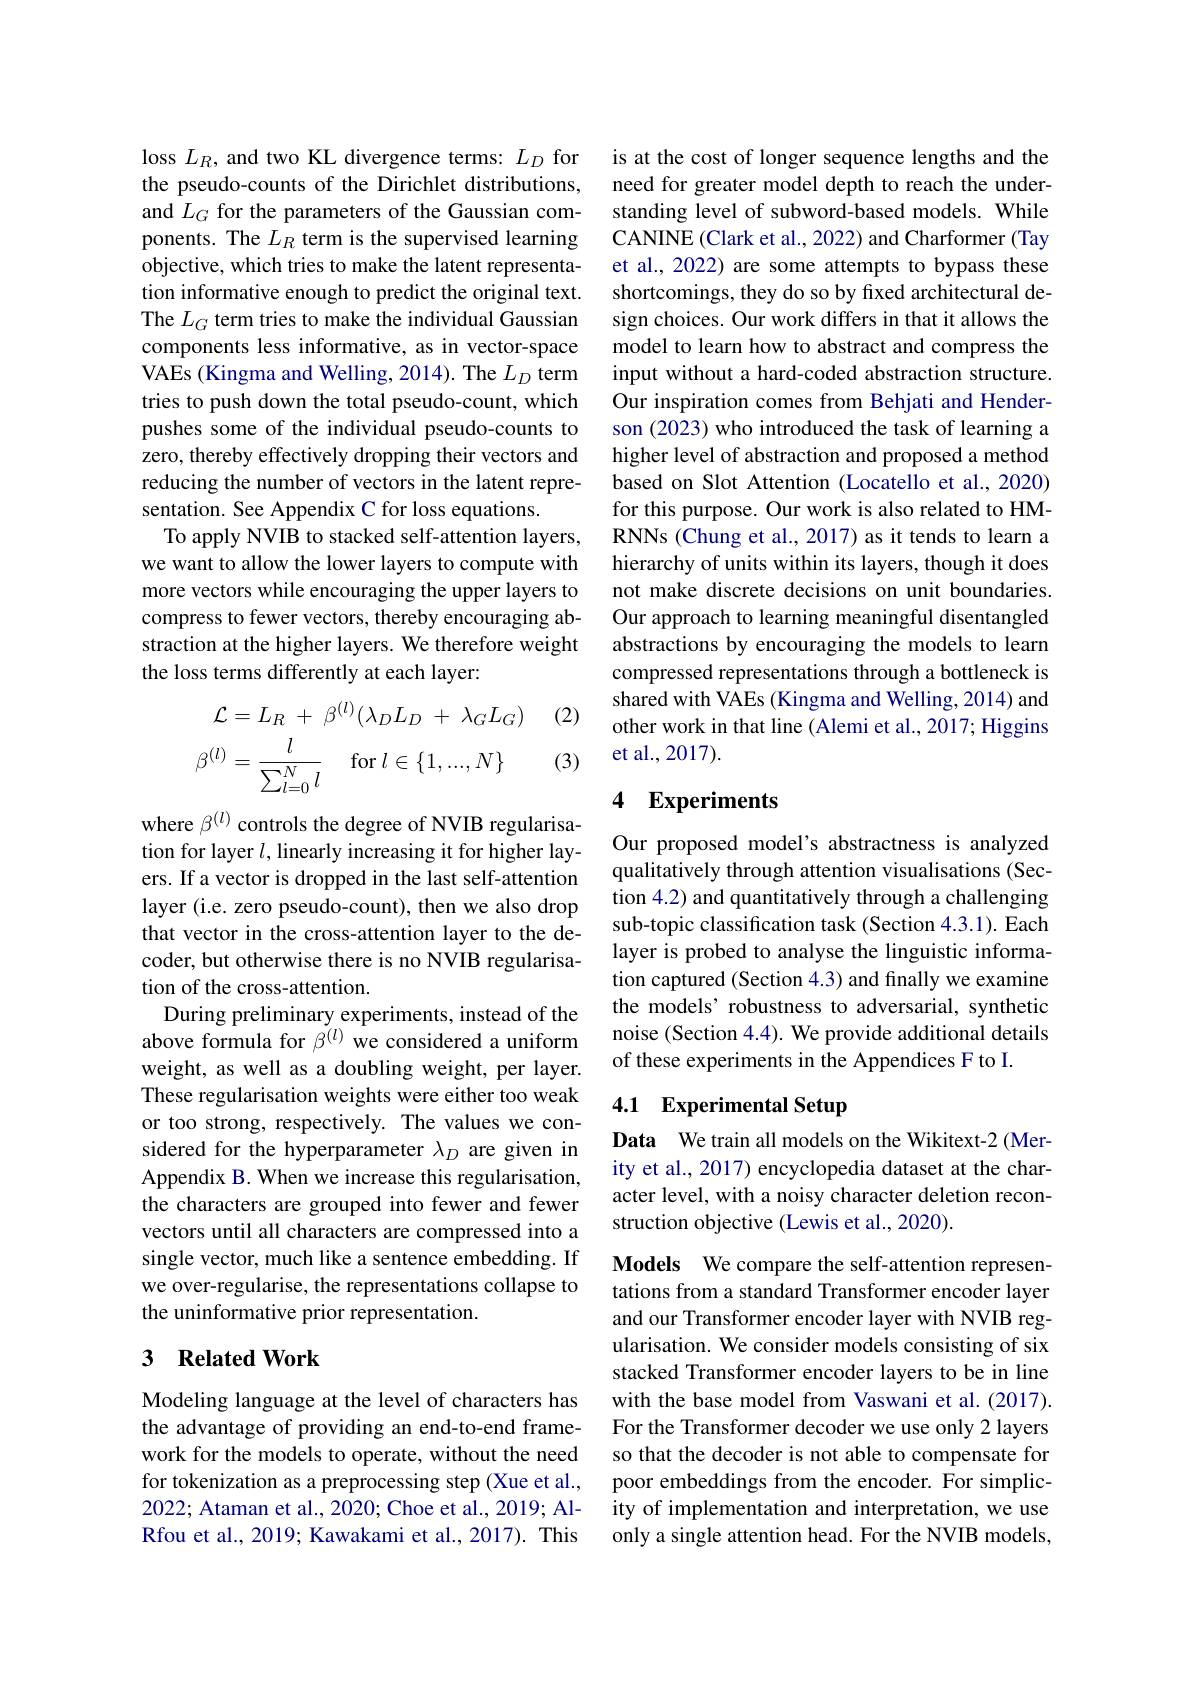
loss $L_R$, and two KL divergence terms: $L_D$ for the pseudo-counts of the Dirichlet distributions, and $L_G$ for the parameters of the Gaussian components. The $L_R$ term is the supervised learning objective, which tries to make the latent representation informative enough to predict the original text. The $L_G$ term tries to make the individual Gaussian components less informative, as in vector-space VAEs (Kingma and Welling, 2014). The $L_D$ term tries to push down the total pseudo-count, which pushes some of the individual pseudo-counts to zero, thereby effectively dropping their vectors and reducing the number of vectors in the latent representation. See Appendix C for loss equations.
To apply NVIB to stacked self-attention layers, we want to allow the lower layers to compute with more vectors while encouraging the upper layers to compress to fewer vectors, thereby encouraging abstraction at the higher layers. We therefore weight the loss terms differently at each layer:

(2)
$$\begin{aligned}\mathcal{L}&=L_R\:+\:\beta^{(l)}(\lambda_DL_D\:+\:\lambda_GL_G)\\\beta^{(l)}&=\frac{l}{\sum_{l=0}^Nl}\quad\text{for}\:l\in\{1,...,N\}\end{aligned}$$
(3)

where $\beta^{(l)}$ controls the degree of NVIB regularisation for layer $l$, linearly increasing it for higher layers. If a vector is dropped in the last self-attention layer (i.e. zero pseudo-count), then we also drop that vector in the cross-attention layer to the decoder, but otherwise there is no NVIB regularisation of the cross-attention.
During preliminary experiments, instead of the above formula for $\dot{\beta^{(l)}}$ we considered a uniform weight, as well as a doubling weight, per layer. These regularisation weights were either too weak or too strong, respectively. The values we considered for the hyperparameter $\lambda_D$ are given in Appendix B. When we increase this regularisation, the characters are grouped into fewer and fewer vectors until all characters are compressed into a single vector, much like a sentence embedding. If we over-regularise, the representations collapse to the uninformative prior representation.

## 3 $\textbf{Related Work}$

Modeling language at the level of characters has the advantage of providing an end-to-end framework for the models to operate, without the need for tokenization as a preprocessing step (Xue et al., 2022; Ataman et al., 2020; Choe et al., 2019; AlRfou et al., 2019; Kawakami et al., 2017). This

is at the cost of longer sequence lengths and the need for greater model depth to reach the understanding level of subword-based models. While CANINE (Clark et al., 2022) and Charformer (Tay et al., 2022) are some attempts to bypass these shortcomings, they do so by fixed architectural design choices. Our work differs in that it allows the model to learn how to abstract and compress the input without a hard-coded abstraction structure. Our inspiration comes from Behjati and Henderson (2023) who introduced the task of learning a higher level of abstraction and proposed a method based on Slot Attention (Locatello et al., 2020) for this purpose. Our work is also related to HMRNNs (Chung et al., 2017) as it tends to learn a hierarchy of units within its layers, though it does not make discrete decisions on unit boundaries. Our approach to learning meaningful disentangled abstractions by encouraging the models to learn compressed representations through a bottleneck is shared with VAEs (Kingma and Welling, 2014) and other work in that line (Alemi et al., 2017; Higgins et al., 2017).

## 4 Experiments

Our proposed model's abstractness is analyzed qualitatively through attention visualisations (Section 4.2) and quantitatively through a challenging sub-topic classification task (Section 4.3.1). Each layer is probed to analyse the linguistic information captured (Section 4.3) and finally we examine the models' robustness to adversarial, synthetic noise (Section 4.4). We provide additional details of these experiments in the Appendices F to I.

## 4.1 Experimental Setup

Data We train all models on the Wikitext-2 (Merity et al., 2017) encyclopedia dataset at the character level, with a noisy character deletion reconstruction objective (Lewis et al., 2020).

Models We compare the self-attention representations from a standard Transformer encoder layer and our Transformer encoder layer with NVIB regularisation. We consider models consisting of six stacked Transformer encoder layers to be in line with the base model from Vaswani et al.(2017). For the Transformer decoder we use only 2 layers so that the decoder is not able to compensate for poor embeddings from the encoder. For simplicity of implementation and interpretation, we use only a single attention head. For the NVIB models,